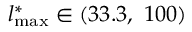
l _ { \mathrm { m a x } } ^ { \ast } \in ( 3 3 . 3 , ~ 1 0 0 )